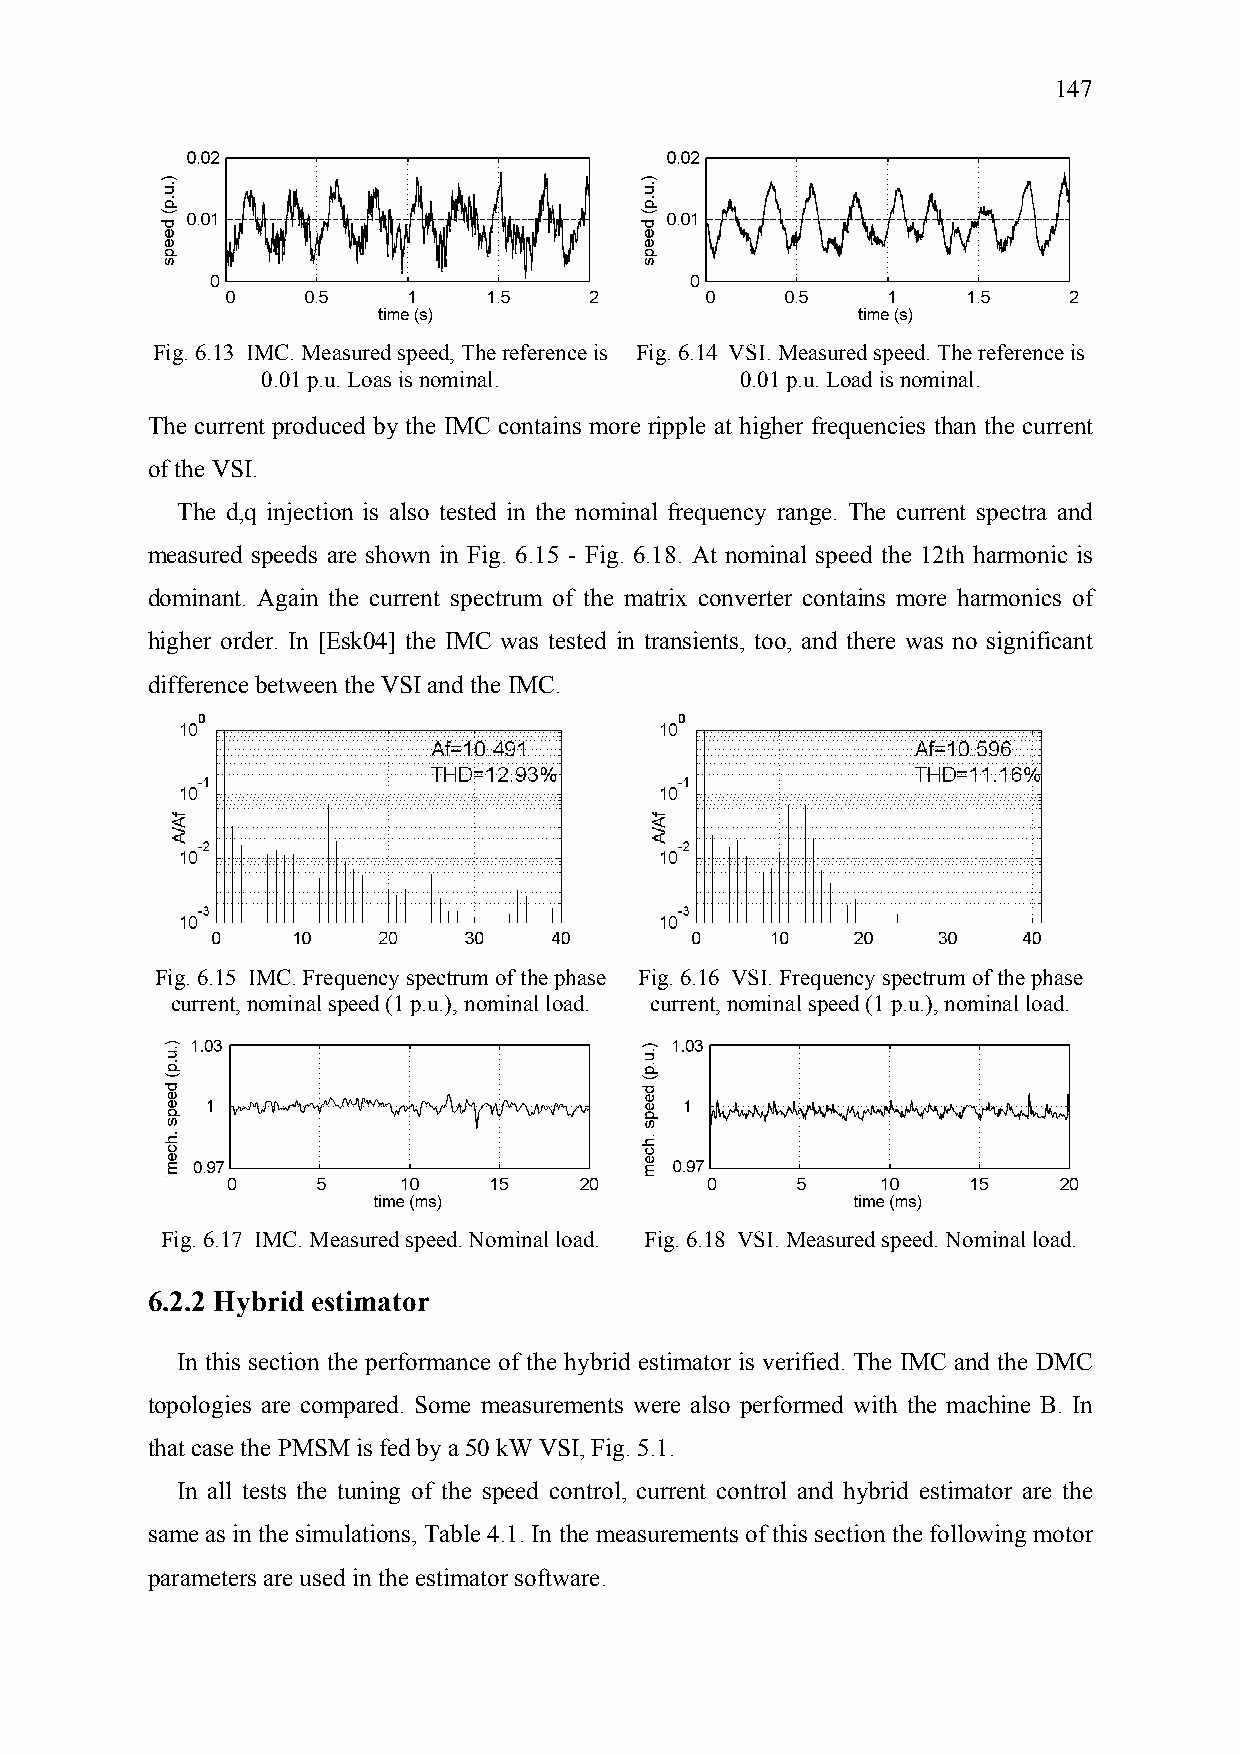
147
 Fig. 6.13 IMC. Measured speed, The reference is Fig. 6.14 VSI. Measured speed. The reference is
 0.01 p.u. Loas is nominal.      0.01 p.u. Load is nominal.
 The current produced by the IMC contains more ripple at higher frequencies than the current
 of the VSI.
 The d,q injection is also tested in the nominal frequency range. The current spectra and
 measured speeds are shown in Fig. 6.15 - Fig. 6.18. At nominal speed the 12th harmonic is
 dominant. Again the current spectrum of the matrix converter contains more harmonics of
 higher order. In [Esk04] the IMC was tested in transients, too, and there was no significant
 difference between the VSI and the IMC.
 Fig. 6.15 IMC. Frequency spectrum of the phase Fig. 6.16 VSI. Frequency spectrum of the phase
 current, nominal speed (1 p.u.), nominal load. current, nominal speed (1 p.u.), nominal load.
 Fig. 6.17 IMC. Measured speed. Nominal load. Fig. 6.18 VSI. Measured speed. Nominal load.
 6.2.2 Hybrid estimator
 In this section the performance of the hybrid estimator is verified. The IMC and the DMC
 topologies are compared. Some measurements were also performed with the machine B. In
 that case the PMSM is fed by a 50 kW VSI, Fig. 5.1.
 In all tests the tuning of the speed control, current control and hybrid estimator are the
 same as in the simulations, Table 4.1. In the measurements of this section the following motor
 parameters are used in the estimator software.